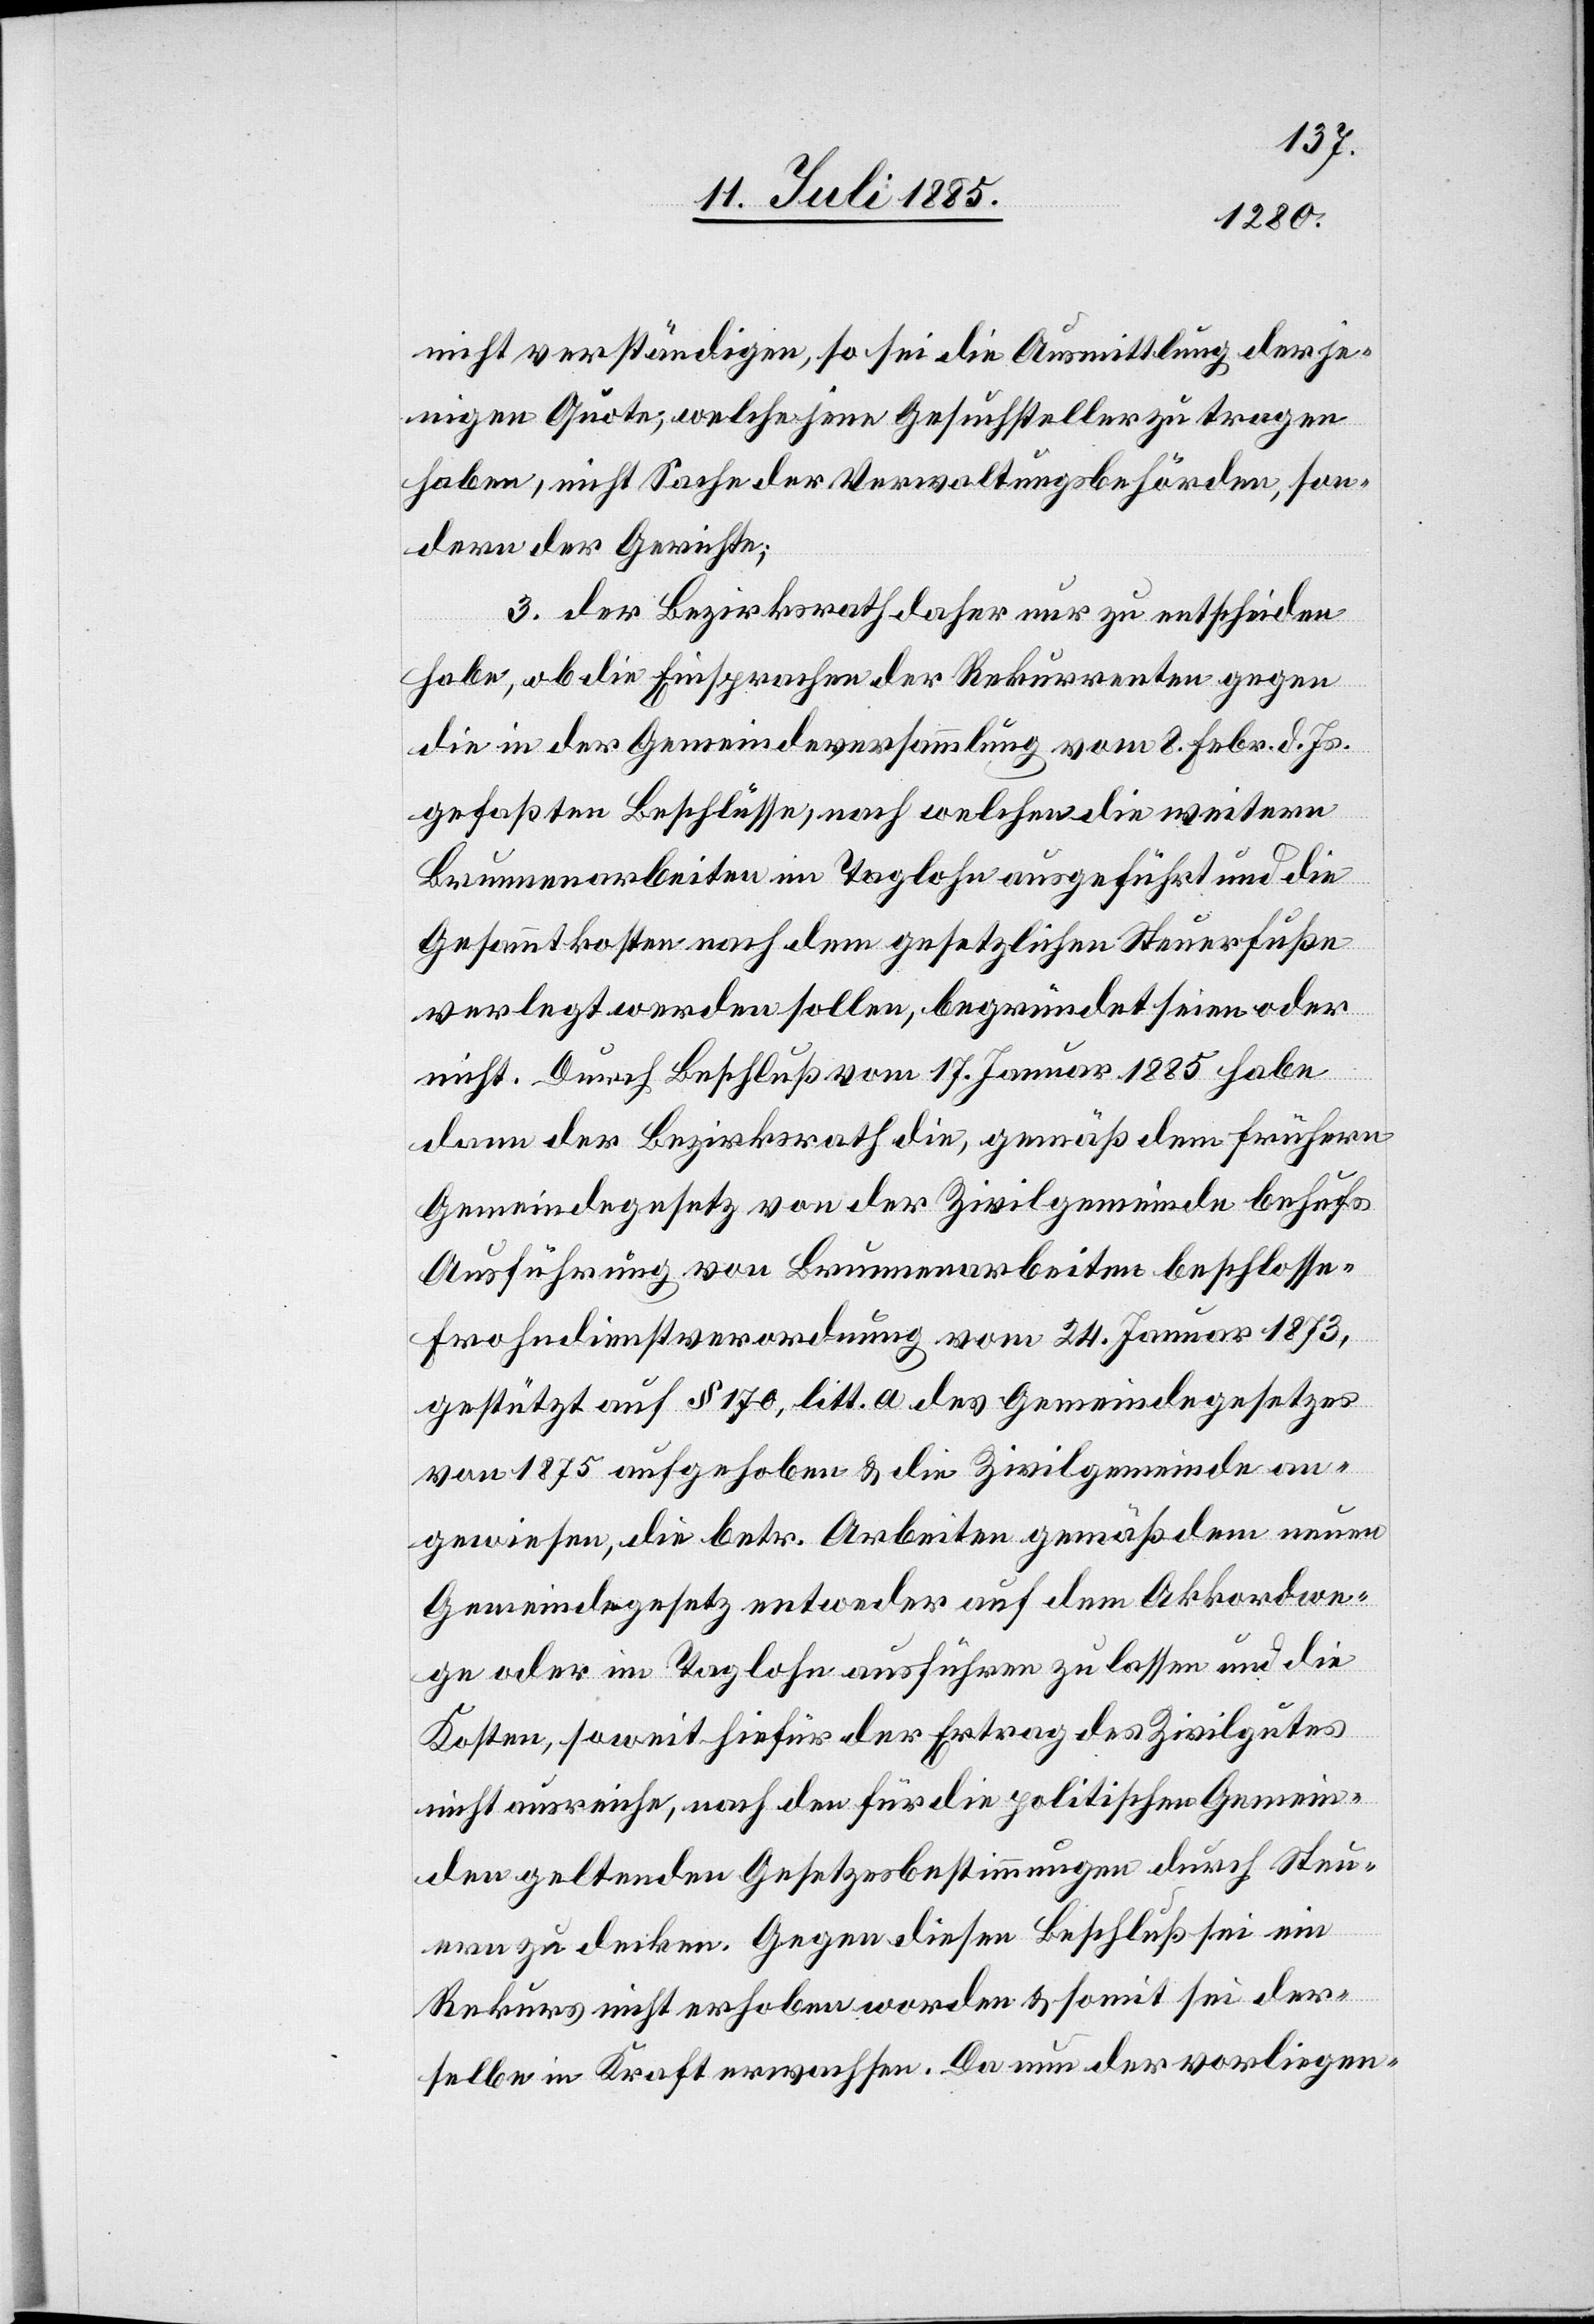
nicht verständigen, so sei die Ausmittlung derje¬
nigen Quote, welche jene Gesuchsteller zu tragen
haben, nicht Sache der Verwaltungsbehörden, son¬
dern der Gerichte;
3. der Bezirksrath daher nur zu entscheiden
habe, ob die Einsprachen der Rekurrenten gegen
die in der Gemeindeversammlung vom 8. Febr. d. Js.
gefaßten Beschlüsse, nach welchen die weitern
Brunnenarbeiten im Taglohn ausgeführt und die
Gesammtkosten nach dem gesetzlichen Steuerfuße
verlegt werden sollen, begründet seien oder
nicht. Durch Beschluß vom 17. Januar 1885 habe
dann der Bezirksrath die, gemäß dem frühern
Gemeindegesetz von der Zivilgemeinde behufs
Ausführung von Brunnenarbeiten beschlosse-[ne]
Frohndienstverordnung vom 24. Januar 1873,
gestützt auf § 170, litt. a des Gemeindegesetzes
von 1875 aufgehoben & die Zivilgemeinde an¬
gewiesen, die betr. Arbeiten gemäß dem neuen
Gemeindegesetz entweder auf dem Akkordwe¬
ge oder im Taglohn ausführen zu lassen und die
Kosten, soweit hiefür der Ertrag des Zivilgutes
nicht ausreiche, nach den für die politischen Gemein¬
den geltenden Gesetzesbestimmungen durch Steu¬
ern zu decken. Gegen diesen Beschluß sei ein
Rekurs nicht erhoben worden & somit sei der¬
selbe in Kraft erwachsen. Da nun der vorliegen-